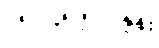
၁၅။ ၄၅.၅% နှုန်း